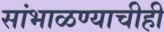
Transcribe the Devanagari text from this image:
सांभाळण्याचीही